Manual of the Civil Veterinary Department, Central Provinces and Berar
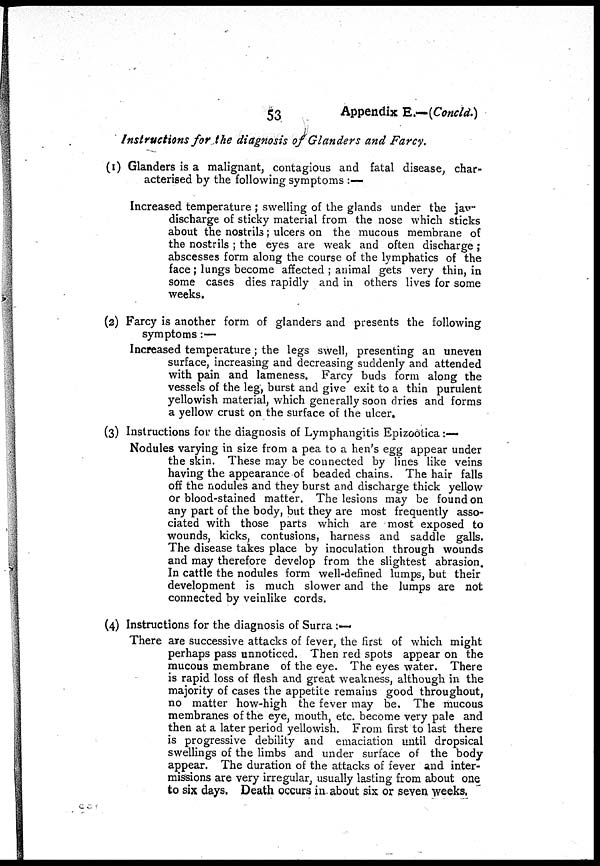
53
Appendix E.—(Concld.)
Instructions for the diagnosis of Glanders and Farcy.
(l) Glanders is a malignant, contagious and fatal disease, char-
acterised by the following symptoms :—
Increased temperature ; swelling of the glands under the jav-
discharge of sticky material from the nose which sticks
about the nostrils; ulcers on the mucous membrane of
the nostrils ; the eyes are weak and often discharge ;
abscesses form along the course of the lymphatics of the
face ; lungs become affected ; animal gets very thin, in
some cases dies rapidly and in others lives for some
weeks.
(2) Farcy is another form of glanders and presents the following
symptoms:—
Increased temperature; the legs swell, presenting an uneven
surface, increasing and decreasing suddenly and attended
with pain and lameness. Farcy buds form along the
vessels of the leg, burst and give exit to a thin purulent
yellowish material, which generally soon dries and forms
a yellow crust on the surface of the ulcer.
(3) Instructions for the diagnosis of Lymphangitis Epizootica :—
Nodules varying in size from a pea to a hen's egg appear under
the skin. These may be connected by lines like veins
having the appearance of beaded chains. The hair falls
off the nodules and they burst and discharge thick yellow
or blood-stained matter. The lesions may be found on
any part of the body, but they are most frequently asso-
ciated with those parts which are most exposed to
wounds, kicks, contusions, harness and saddle galls.
The disease takes place by inoculation through wounds
and may therefore develop from the slightest abrasion.
In cattle the nodules form well-defined lumps, but their
development is much slower and the lumps are not
connected by veinlike cords.
(4) Instructions for the diagnosis of Surra :—
There are successive attacks of fever, the first of which might
perhaps pass unnoticed. Then red spots appear on the
mucous membrane of the eye. The eyes water. There
is rapid loss of flesh and great weakness, although in the
majority of cases the appetite remains good throughout,
no matter how-high the fever may be. The mucous
membranes of the eye, mouth, etc. become very pale and
then at a later period yellowish. From first to last there
is progressive debility and emaciation until dropsical
swellings of the limbs and under surface of the body
appear. The duration of the attacks of fever and inter-
missions are very irregular, usually lasting from about one
to six days. Death occurs in about six or seven weeks.